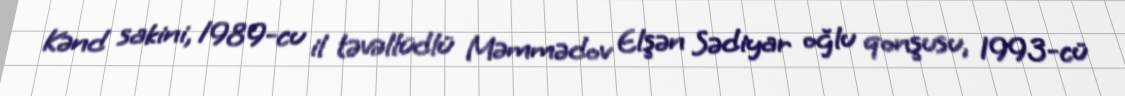
Kənd sakini, 1989-cu il təvəllüdlü Məmmədov Elşən Sədiyar oğlu qonşusu, 1993-cü